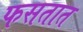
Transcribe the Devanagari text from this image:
फसतात